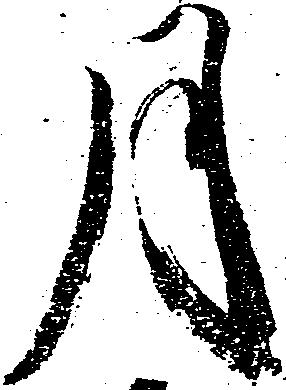
月